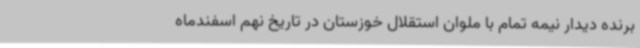
برنده دیدار نیمه تمام با ملوان استقلال خوزستان در تاریخ نهم اسفندماه